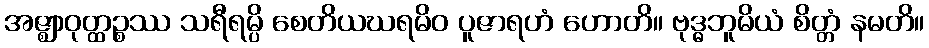
အဇ္ဈာဝုတ္ထဉ္စဿ သရီရမ္ပိ စေတိယဃရမိဝ ပူဇာရဟံ ဟောတိ။ ဗုဒ္ဓဘူမိယံ စိတ္တံ နမတိ။